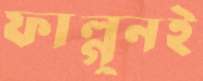
ফাল্গুনই